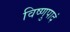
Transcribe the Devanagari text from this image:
विष्णुपादं